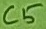
Text: C5